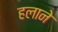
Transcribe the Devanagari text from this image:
हलाने